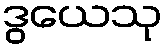
ဒွယေသု